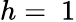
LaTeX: h=~1